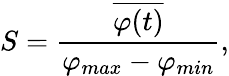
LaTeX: S=\frac{\overline{{\varphi(t)}}}{\varphi_{max}-\varphi_{min}},